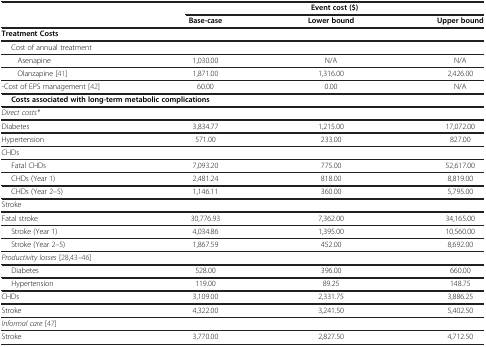
<table><thead><tr><td rowspan="2"><b> </b></td><td colspan="3"><b>Event cost ($)</b></td></tr><tr><td><b>Base-case</b></td><td><b>Lower bound</b></td><td><b>Upper bound</b></td></tr></thead><tbody><tr><td><b>Treatment Costs</b></td><td> </td><td> </td><td> </td></tr><tr><td>Cost of annual treatment</td><td> </td><td> </td><td> </td></tr><tr><td>Asenapine</td><td>1,030.00</td><td>N/A</td><td>N/A</td></tr><tr><td>Olanzapine [41]</td><td>1,871.00</td><td>1,316.00</td><td>2,426.00</td></tr><tr><td>-Cost of EPS management [42]</td><td>60.00</td><td>0.00</td><td>N/A</td></tr><tr><td colspan="3"><b>Costs associated with long-term metabolic complications</b></td><td> </td></tr><tr><td><i>Direct costs*</i></td><td> </td><td> </td><td> </td></tr><tr><td>Diabetes</td><td>3,834.77</td><td>1,215.00</td><td>17,072.00</td></tr><tr><td>Hypertension</td><td>571.00</td><td>233.00</td><td>827.00</td></tr><tr><td>CHDs</td><td> </td><td> </td><td> </td></tr><tr><td>Fatal CHDs</td><td>7,093.20</td><td>775.00</td><td>52,617.00</td></tr><tr><td>CHDs (Year 1)</td><td>2,481.24</td><td>818.00</td><td>8,819.00</td></tr><tr><td>CHDs (Year 2–5)</td><td>1,146.11</td><td>360.00</td><td>5,795.00</td></tr><tr><td>Stroke</td><td> </td><td> </td><td> </td></tr><tr><td>Fatal stroke</td><td>30,776.93</td><td>7,362.00</td><td>34,165.00</td></tr><tr><td>Stroke (Year 1)</td><td>4,034.86</td><td>1,395.00</td><td>10,560.00</td></tr><tr><td>Stroke (Year 2–5)</td><td>1,867.59</td><td>452.00</td><td>8,692.00</td></tr><tr><td><i>Productivity losses</i>[28,43]–[46]</td><td> </td><td> </td><td> </td></tr><tr><td>Diabetes</td><td>528.00</td><td>396.00</td><td>660.00</td></tr><tr><td>Hypertension</td><td>119.00</td><td>89.25</td><td>148.75</td></tr><tr><td>CHDs</td><td>3,109.00</td><td>2,331.75</td><td>3,886.25</td></tr><tr><td>Stroke</td><td>4,322.00</td><td>3,241.50</td><td>5,402.50</td></tr><tr><td><i>Informal care</i>[47]</td><td> </td><td> </td><td> </td></tr><tr><td>Stroke</td><td>3,770.00</td><td>2,827.50</td><td>4,712.50</td></tr></tbody></table>